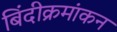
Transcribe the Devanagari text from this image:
बिंदीक्रमांकन